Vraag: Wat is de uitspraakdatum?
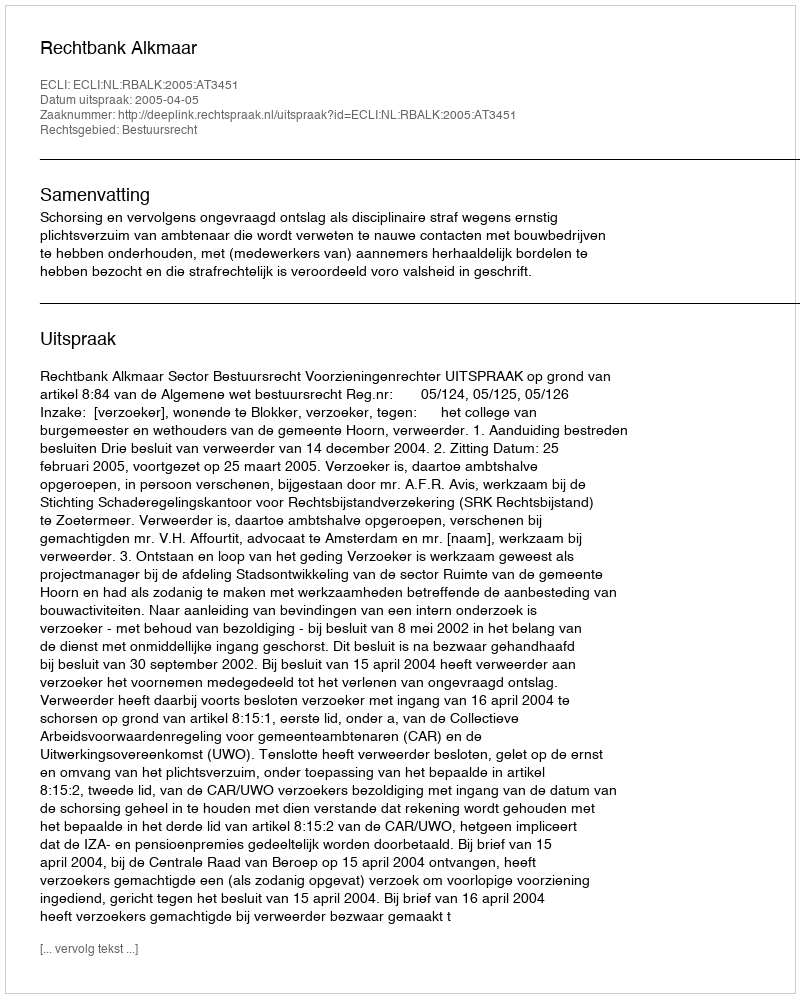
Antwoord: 2005-04-05